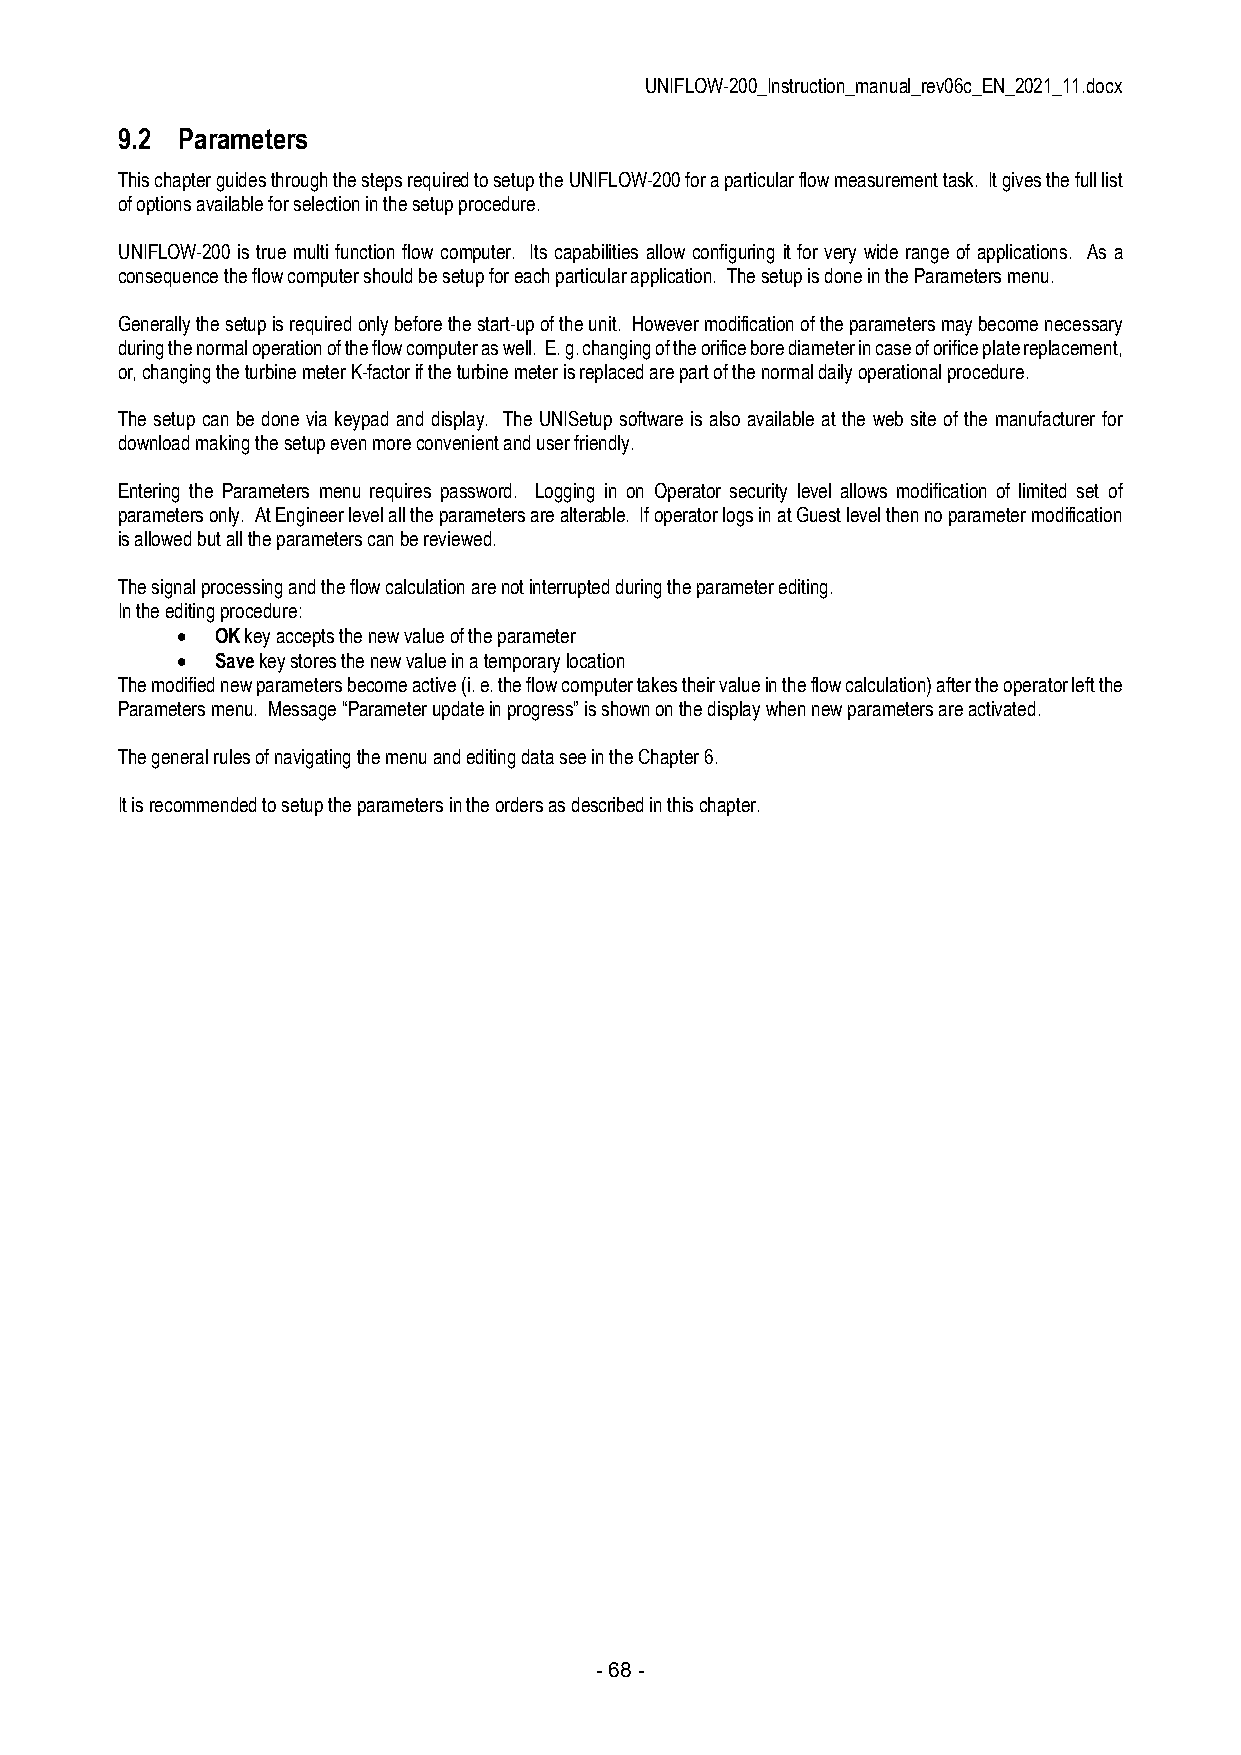
UNIFLOW-200_Instruction_manual_rev06c_EN_2021_11.docx
 9.2 Parameters
 This chapter guides through the steps required to setup the UNIFLOW-200 for a particular flow measurement task. It gives the full list
 of options available for selection in the setup procedure.
 UNIFLOW-200 is true multi function flow computer. Its capabilities allow configuring it for very wide range of applications. As a
 consequence the flow computer should be setup for each particular application. The setup is done in the Parameters menu.
 Generally the setup is required only before the start-up of the unit. However modification of the parameters may become necessary
 during the normal operation of the flow computer as well. E. g. changing of the orifice bore diameter in case of orifice plate replacement,
 or, changing the turbine meter K-factor if the turbine meter is replaced are part of the normal daily operational procedure.
 The setup can be done via keypad and display. The UNISetup software is also available at the web site of the manufacturer for
 download making the setup even more convenient and user friendly.
 Entering the Parameters menu requires password. Logging in on Operator security level allows modification of limited set of
 parameters only. At Engineer level all the parameters are alterable. If operator logs in at Guest level then no parameter modification
 is allowed but all the parameters can be reviewed.
 The signal processing and the flow calculation are not interrupted during the parameter editing.
 In the editing procedure:
  OK key accepts the new value of the parameter
  Save key stores the new value in a temporary location
 The modified new parameters become active (i. e. the flow computer takes their value in the flow calculation) after the operator left the
 Parameters menu. Message “Parameter update in progress” is shown on the display when new parameters are activated.
 The general rules of navigating the menu and editing data see in the Chapter 6.
 It is recommended to setup the parameters in the orders as described in this chapter.
 - 68 -